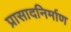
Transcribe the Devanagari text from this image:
प्रासादनिर्माण